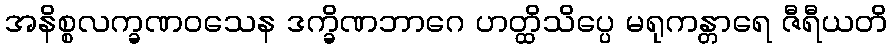
အနိစ္စလက္ခဏဝသေန ဒက္ခိဏဘာဂေ ဟတ္ထိသိပ္ပေ မရုကန္တာရေ ဇီရီယတိ